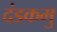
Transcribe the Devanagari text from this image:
दंडकमु